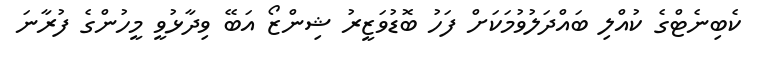
ކެބިނެޓްގެ ކުއްލި ބައްދަލުވުމަކަށް ފަހު ބޮޑުވަޒީރު ޝިންޒޯ އަބޭ ވިދާޅުވީ މީހުންގެ ފުރާނަ